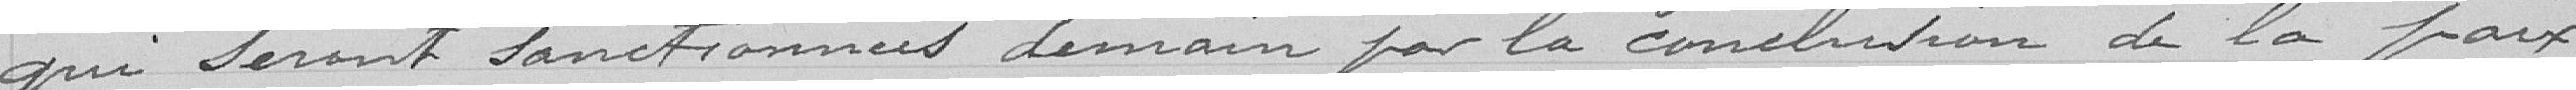
qui seront sanctionnées demain par la conclusion de la paix,